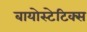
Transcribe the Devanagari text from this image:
बायोस्टेटिक्स